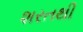
શરતથી